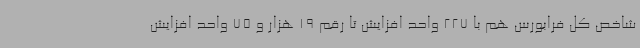
شاخص کل فرابورس هم با 227 واحد افزایش تا رقم 19 هزار و 75 واحد افزایش